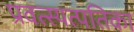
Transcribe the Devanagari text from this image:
प्रवत्स्यत्पतिका